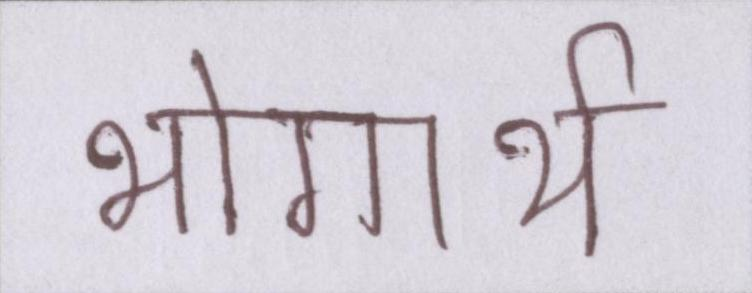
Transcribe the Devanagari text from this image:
भोगार्थ